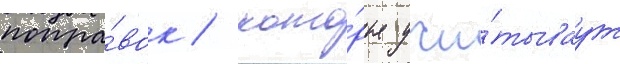
попра́вок / кото́рые учи́тываут